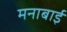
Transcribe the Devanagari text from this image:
मनाबाई